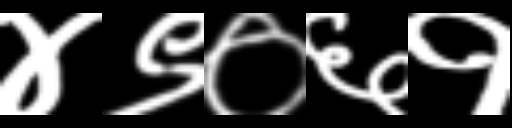
Text: ४९०६१